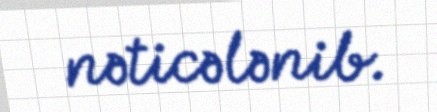
nəticələnib.